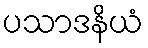
ပသာဒနိယံ